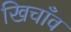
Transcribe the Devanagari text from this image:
खिचाँव